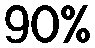
90%